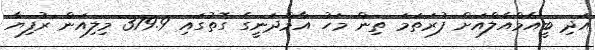
އަދި ބީއެމްއެލްއަށް ފުރަތަމަ ތިން މަހު އާމްދަނީގެ ގޮތުގައި 379.9 މިލިއަން ރުފިޔާ